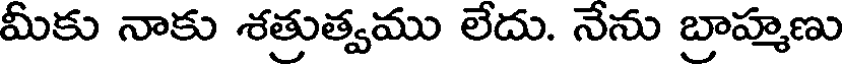
మీకు నాకు శత్రుత్వము లేదు. నేను బ్రాహ్మణు